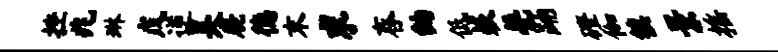
挫兆琳戊逆吴鹿德末求舂纳低蔌甍踊磴伽镇景摇